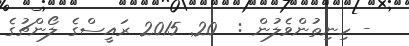
- ހިނިތުންވެލުން :  20